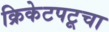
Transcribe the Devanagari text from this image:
क्रिकेटपटूचा